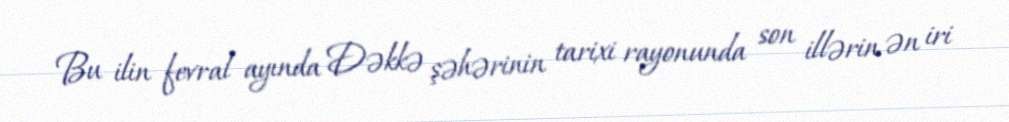
Bu ilin fevral ayında Dəkkə şəhərinin tarixi rayonunda son illərin ən iri